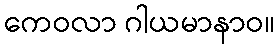
ကေဝလာ ဂါယမာနာဝ။